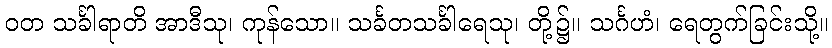
ဝတ သင်္ခါရာတိ အာဒီသု၊ ကုန်သော။ သင်္ခတသင်္ခါရေသု၊ တို့၌။ သင်္ဂဟံ၊ ရေတွက်ခြင်းသို့။